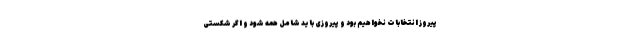
پیروز انتخابات نخواهیم بود و پیروزی باید شامل همه شود و اگر شکستی